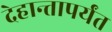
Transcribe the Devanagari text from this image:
देहान्तापर्यंत